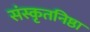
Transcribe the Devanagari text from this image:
संस्कृतनिष्ठा